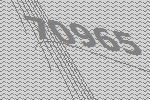
70965